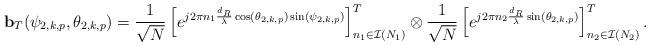
LaTeX: \begin{align*}\mathbf{b}_T(\psi_{2,k,p},\theta_{2,k,p}) = \frac{1}{\sqrt{N}} \left[ e^{j2\pi n_1 \frac{d_R}{\lambda}\cos(\theta_{2,k,p})\sin(\psi_{2,k,p})} \right]^T_{n_1\in \mathcal{I}(N_1)} \otimes \frac{1}{\sqrt{N}} \left[ e^{j2\pi n_2 \frac{d_R}{\lambda}\sin(\theta_{2,k,p})} \right]^T_{n_2\in \mathcal{I}(N_2)}.\end{align*}